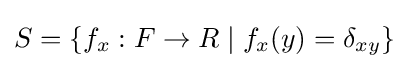
S=\lbrace f_{x}:F\to R\;|\;f_{x}(y)=\delta _{xy}\rbrace